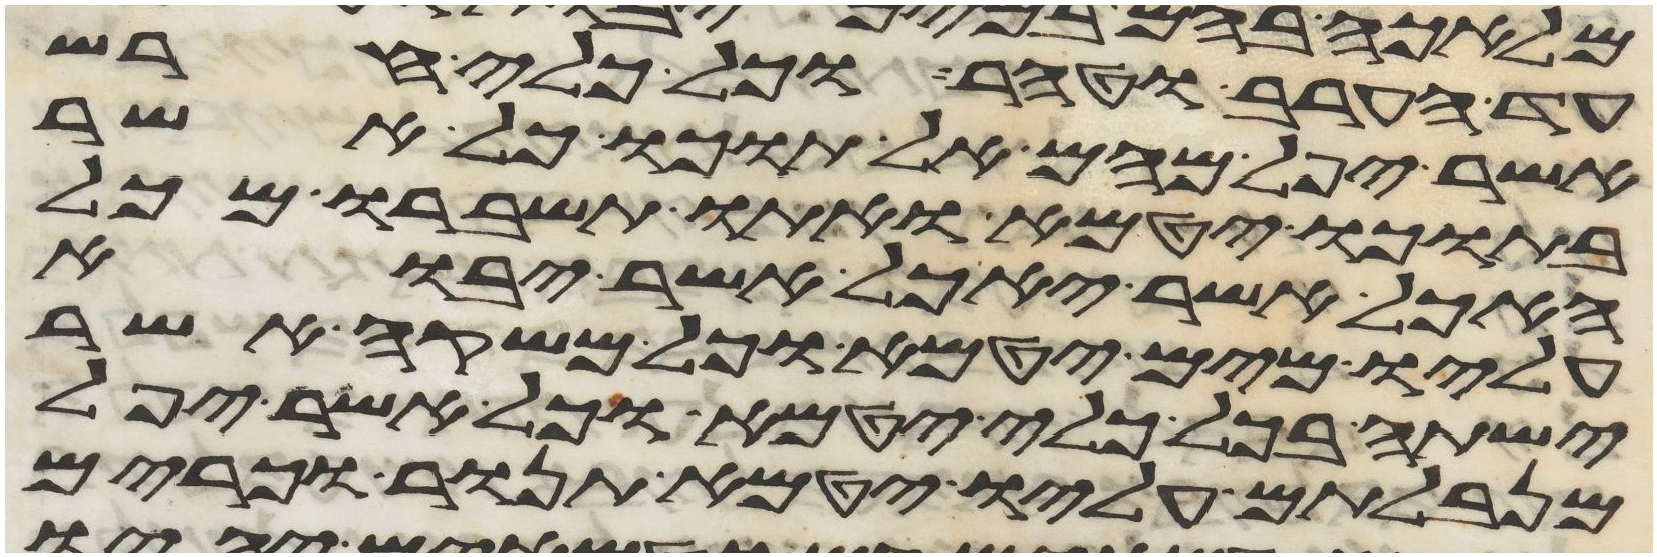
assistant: עד הערב וטהר וכל כלי חרש
אשר יפל מהם אל תוכו כל אשר
בתוכו יטמא ואתו תשברו מכל
האכל אשר יאכל אשר יבוא
עליו מים יטמא וכל משקה אשר
ישתה בכל כלי יטמא וכל אשר יפל
מנבלתם עליו יטמא תנור וכרים